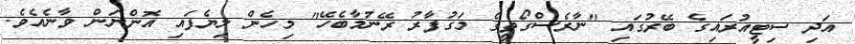
އަދި ސިޓީއުރައިގެ ބޭރުގައި "ނާރެސްގޯތީގެ މަގުފާރު ރޭނުމާބެހޭ" މިހެން ލިޔެފައި އޮންނަން ވާނެއެވެ.